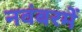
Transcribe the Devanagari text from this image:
नवंबरमें